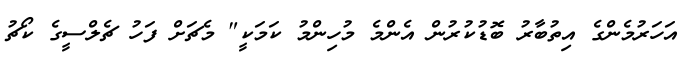
އަހަރުމެންގެ އިތުބާރު ބޮޑުކުރުން އެންމެ މުހިންމު ކަމަކީ" މެޗަށް ފަހު ޗެލްސީގެ ކޯޗު